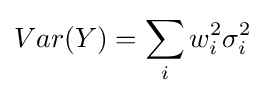
Var(Y)=\sum _{i}w_{i}^{2}\sigma _{i}^{2}